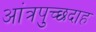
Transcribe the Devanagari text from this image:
आंत्रपुच्छदाह